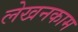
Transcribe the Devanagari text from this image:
लेखनकाम